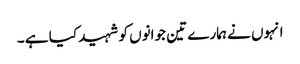
انہوں نے ہمارے تین جوانوں کو شہید کیا ہے ۔